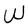
Character: W